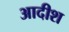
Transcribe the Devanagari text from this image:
आदीश